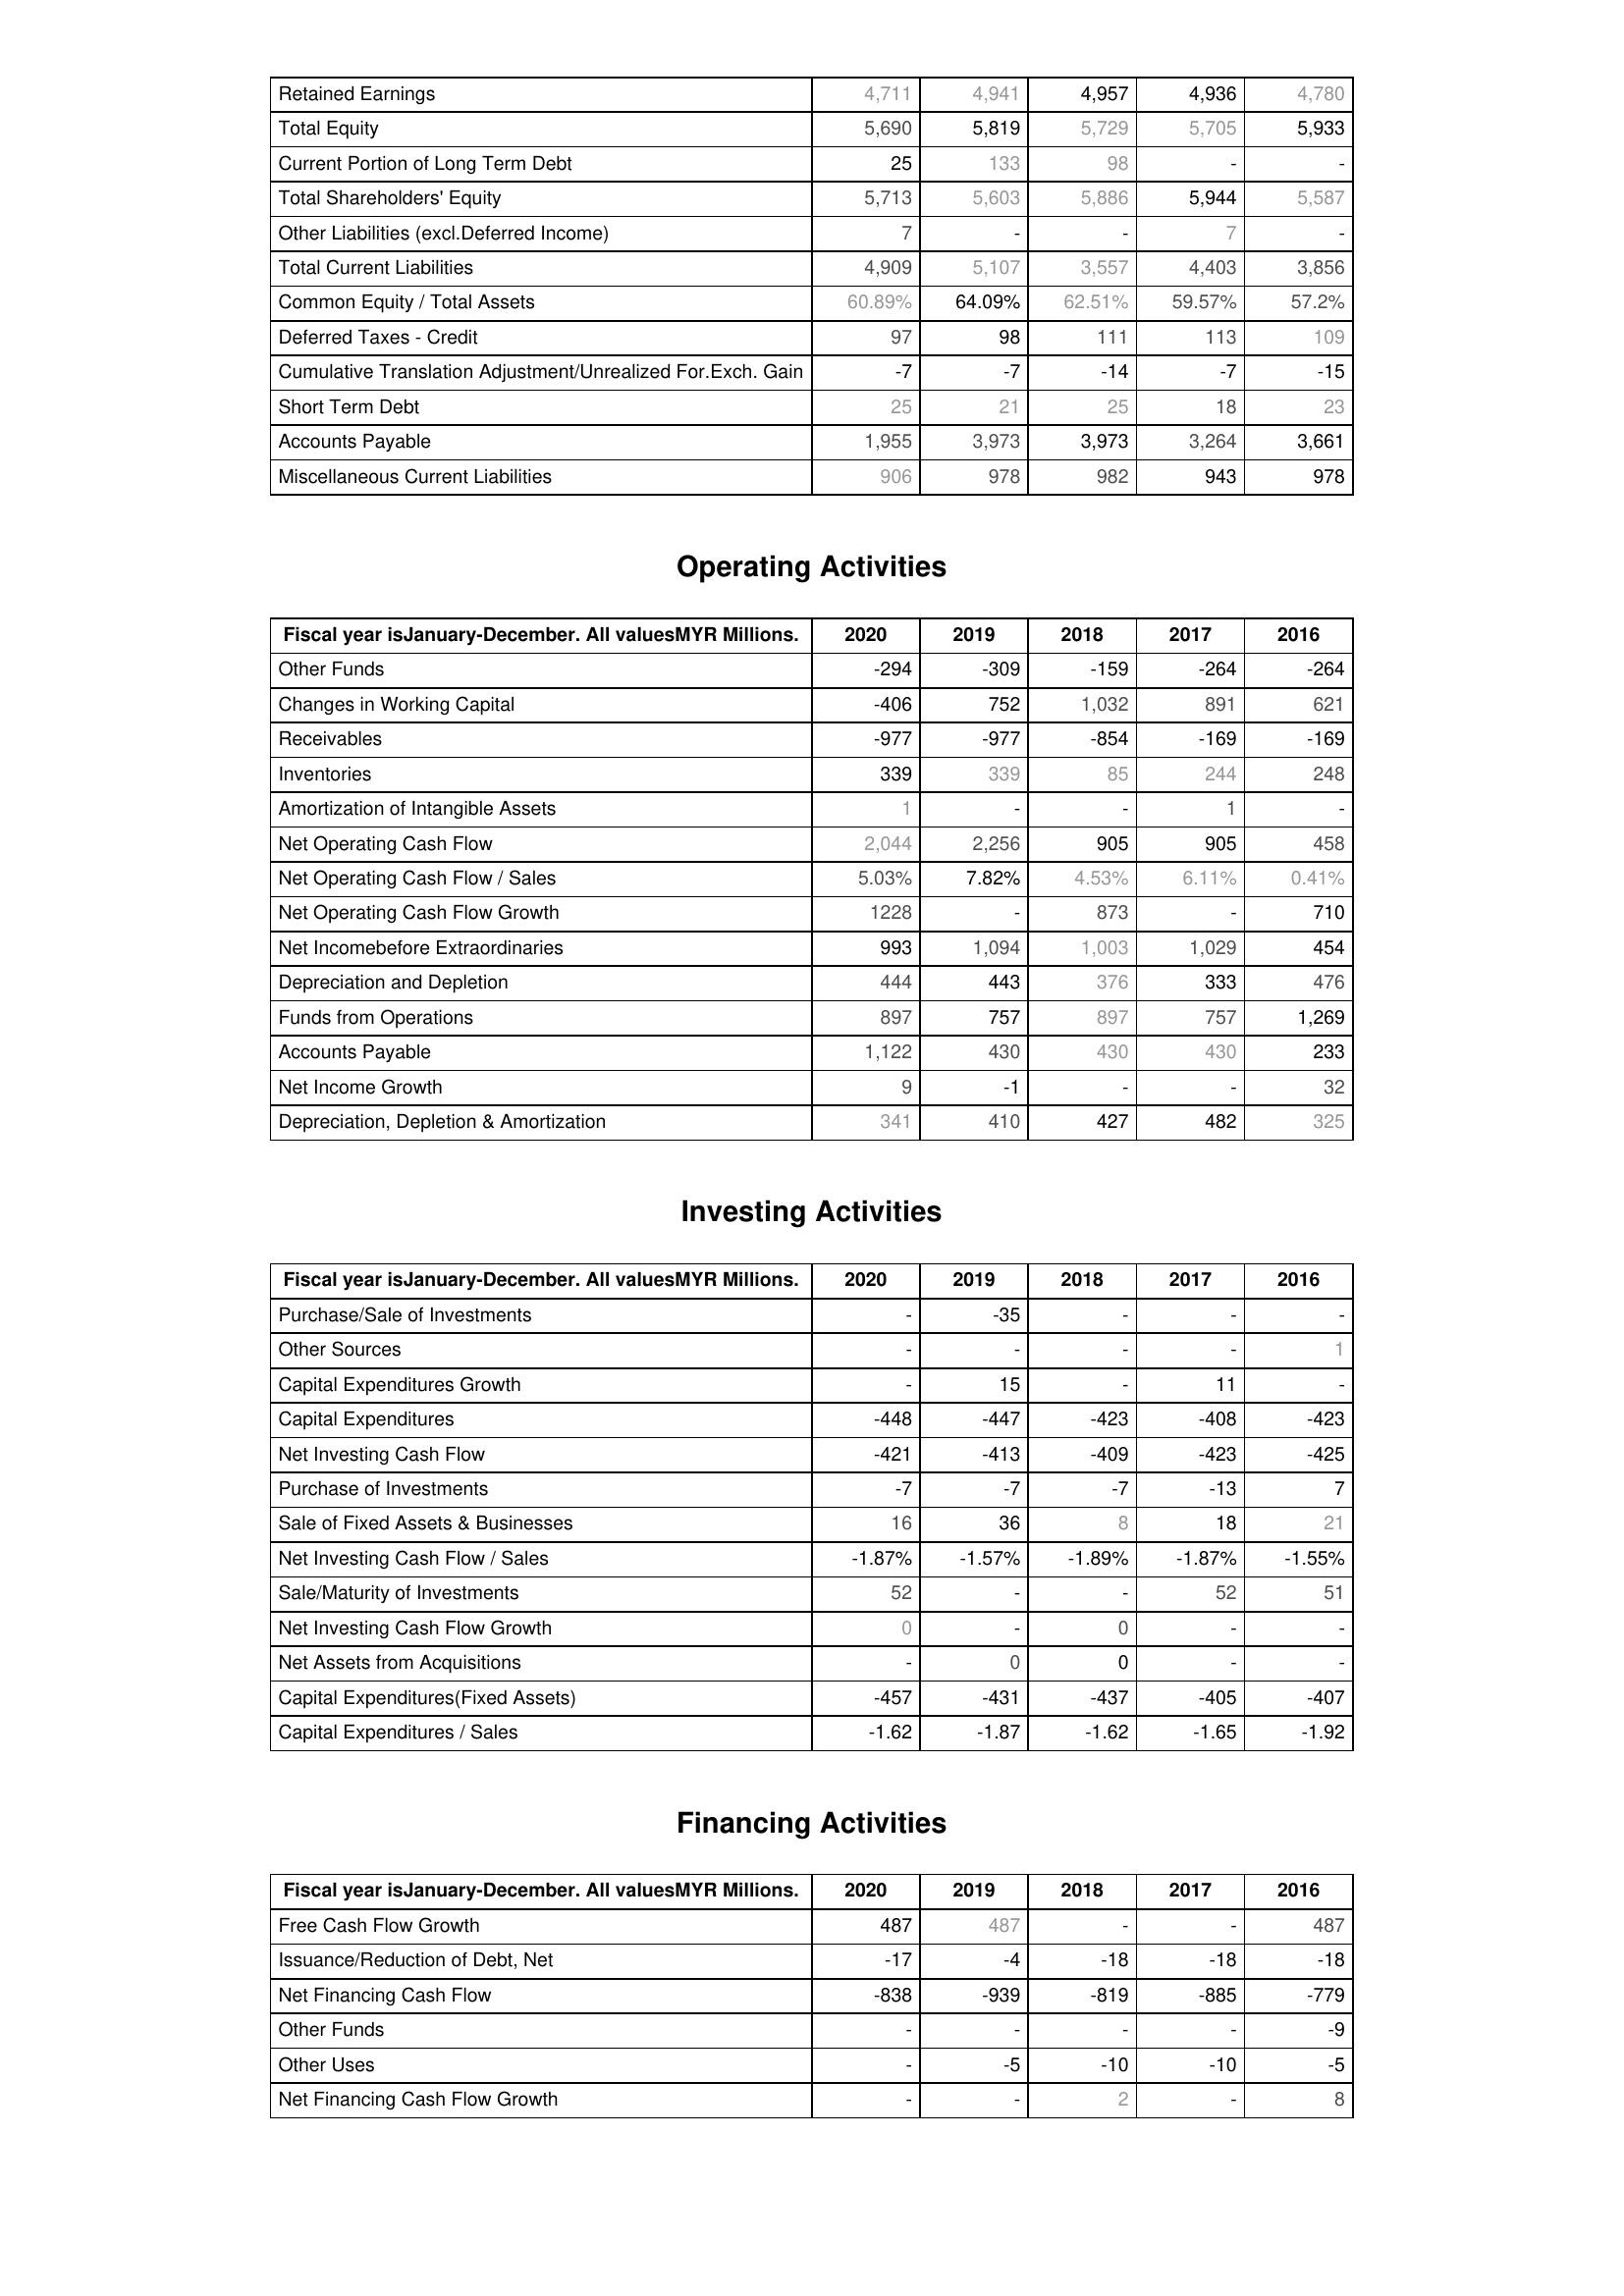
2020: Liabilities & Shareholder's Equity: Retained Earnings: 4,711
Total Equity: 5,690
Current Portion of Long Term Debt: 25
Total Shareholders' Equity: 5,713
Other Liabilities (excl.Deferred Income): 7
Total Current Liabilities: 4,909
Common Equity / Total Assets: 60.89%
Deferred Taxes - Credit: 97
Cumulative Translation Adjustment/Unrealized For.Exch. Gain: -7
Short Term Debt: 25
Accounts Payable: 1,955
Miscellaneous Current Liabilities: 906
Operating Activities: Other Funds: -294
Changes in Working Capital: -406
Receivables: -977
Inventories: 339
Amortization of Intangible Assets: 1
Net Operating Cash Flow: 2,044
Net Operating Cash Flow / Sales: 5.03%
Net Operating Cash Flow Growth: 1228
Net Incomebefore Extraordinaries: 993
Depreciation and Depletion: 444
Funds from Operations: 897
Accounts Payable: 1,122
Net Income Growth: 9
Depreciation, Depletion & Amortization: 341
Investing Activities: Purchase/Sale of Investments: -
Other Sources: -
Capital Expenditures Growth: -
Capital Expenditures: -448
Net Investing Cash Flow: -421
Purchase of Investments: -7
Sale of Fixed Assets & Businesses: 16
Net Investing Cash Flow / Sales: -1.87%
Sale/Maturity of Investments: 52
Net Investing Cash Flow Growth: 0
Net Assets from Acquisitions: -
Capital Expenditures(Fixed Assets): -457
Capital Expenditures / Sales: -1.62
Financing Activities: Free Cash Flow Growth: 487
Issuance/Reduction of Debt, Net: -17
Net Financing Cash Flow: -838
Other Funds: -
Other Uses: -
Net Financing Cash Flow Growth: -
2019: Liabilities & Shareholder's Equity: Retained Earnings: 4,941
Total Equity: 5,819
Current Portion of Long Term Debt: 133
Total Shareholders' Equity: 5,603
Other Liabilities (excl.Deferred Income): -
Total Current Liabilities: 5,107
Common Equity / Total Assets: 64.09%
Deferred Taxes - Credit: 98
Cumulative Translation Adjustment/Unrealized For.Exch. Gain: -7
Short Term Debt: 21
Accounts Payable: 3,973
Miscellaneous Current Liabilities: 978
Operating Activities: Other Funds: -309
Changes in Working Capital: 752
Receivables: -977
Inventories: 339
Amortization of Intangible Assets: -
Net Operating Cash Flow: 2,256
Net Operating Cash Flow / Sales: 7.82%
Net Operating Cash Flow Growth: -
Net Incomebefore Extraordinaries: 1,094
Depreciation and Depletion: 443
Funds from Operations: 757
Accounts Payable: 430
Net Income Growth: -1
Depreciation, Depletion & Amortization: 410
Investing Activities: Purchase/Sale of Investments: -35
Other Sources: -
Capital Expenditures Growth: 15
Capital Expenditures: -447
Net Investing Cash Flow: -413
Purchase of Investments: -7
Sale of Fixed Assets & Businesses: 36
Net Investing Cash Flow / Sales: -1.57%
Sale/Maturity of Investments: -
Net Investing Cash Flow Growth: -
Net Assets from Acquisitions: 0
Capital Expenditures(Fixed Assets): -431
Capital Expenditures / Sales: -1.87
Financing Activities: Free Cash Flow Growth: 487
Issuance/Reduction of Debt, Net: -4
Net Financing Cash Flow: -939
Other Funds: -
Other Uses: -5
Net Financing Cash Flow Growth: -
2018: Liabilities & Shareholder's Equity: Retained Earnings: 4,957
Total Equity: 5,729
Current Portion of Long Term Debt: 98
Total Shareholders' Equity: 5,886
Other Liabilities (excl.Deferred Income): -
Total Current Liabilities: 3,557
Common Equity / Total Assets: 62.51%
Deferred Taxes - Credit: 111
Cumulative Translation Adjustment/Unrealized For.Exch. Gain: -14
Short Term Debt: 25
Accounts Payable: 3,973
Miscellaneous Current Liabilities: 982
Operating Activities: Other Funds: -159
Changes in Working Capital: 1,032
Receivables: -854
Inventories: 85
Amortization of Intangible Assets: -
Net Operating Cash Flow: 905
Net Operating Cash Flow / Sales: 4.53%
Net Operating Cash Flow Growth: 873
Net Incomebefore Extraordinaries: 1,003
Depreciation and Depletion: 376
Funds from Operations: 897
Accounts Payable: 430
Net Income Growth: -
Depreciation, Depletion & Amortization: 427
Investing Activities: Purchase/Sale of Investments: -
Other Sources: -
Capital Expenditures Growth: -
Capital Expenditures: -423
Net Investing Cash Flow: -409
Purchase of Investments: -7
Sale of Fixed Assets & Businesses: 8
Net Investing Cash Flow / Sales: -1.89%
Sale/Maturity of Investments: -
Net Investing Cash Flow Growth: 0
Net Assets from Acquisitions: 0
Capital Expenditures(Fixed Assets): -437
Capital Expenditures / Sales: -1.62
Financing Activities: Free Cash Flow Growth: -
Issuance/Reduction of Debt, Net: -18
Net Financing Cash Flow: -819
Other Funds: -
Other Uses: -10
Net Financing Cash Flow Growth: 2
2017: Liabilities & Shareholder's Equity: Retained Earnings: 4,936
Total Equity: 5,705
Current Portion of Long Term Debt: -
Total Shareholders' Equity: 5,944
Other Liabilities (excl.Deferred Income): 7
Total Current Liabilities: 4,403
Common Equity / Total Assets: 59.57%
Deferred Taxes - Credit: 113
Cumulative Translation Adjustment/Unrealized For.Exch. Gain: -7
Short Term Debt: 18
Accounts Payable: 3,264
Miscellaneous Current Liabilities: 943
Operating Activities: Other Funds: -264
Changes in Working Capital: 891
Receivables: -169
Inventories: 244
Amortization of Intangible Assets: 1
Net Operating Cash Flow: 905
Net Operating Cash Flow / Sales: 6.11%
Net Operating Cash Flow Growth: -
Net Incomebefore Extraordinaries: 1,029
Depreciation and Depletion: 333
Funds from Operations: 757
Accounts Payable: 430
Net Income Growth: -
Depreciation, Depletion & Amortization: 482
Investing Activities: Purchase/Sale of Investments: -
Other Sources: -
Capital Expenditures Growth: 11
Capital Expenditures: -408
Net Investing Cash Flow: -423
Purchase of Investments: -13
Sale of Fixed Assets & Businesses: 18
Net Investing Cash Flow / Sales: -1.87%
Sale/Maturity of Investments: 52
Net Investing Cash Flow Growth: -
Net Assets from Acquisitions: -
Capital Expenditures(Fixed Assets): -405
Capital Expenditures / Sales: -1.65
Financing Activities: Free Cash Flow Growth: -
Issuance/Reduction of Debt, Net: -18
Net Financing Cash Flow: -885
Other Funds: -
Other Uses: -10
Net Financing Cash Flow Growth: -
2016: Liabilities & Shareholder's Equity: Retained Earnings: 4,780
Total Equity: 5,933
Current Portion of Long Term Debt: -
Total Shareholders' Equity: 5,587
Other Liabilities (excl.Deferred Income): -
Total Current Liabilities: 3,856
Common Equity / Total Assets: 57.2%
Deferred Taxes - Credit: 109
Cumulative Translation Adjustment/Unrealized For.Exch. Gain: -15
Short Term Debt: 23
Accounts Payable: 3,661
Miscellaneous Current Liabilities: 978
Operating Activities: Other Funds: -264
Changes in Working Capital: 621
Receivables: -169
Inventories: 248
Amortization of Intangible Assets: -
Net Operating Cash Flow: 458
Net Operating Cash Flow / Sales: 0.41%
Net Operating Cash Flow Growth: 710
Net Incomebefore Extraordinaries: 454
Depreciation and Depletion: 476
Funds from Operations: 1,269
Accounts Payable: 233
Net Income Growth: 32
Depreciation, Depletion & Amortization: 325
Investing Activities: Purchase/Sale of Investments: -
Other Sources: 1
Capital Expenditures Growth: -
Capital Expenditures: -423
Net Investing Cash Flow: -425
Purchase of Investments: 7
Sale of Fixed Assets & Businesses: 21
Net Investing Cash Flow / Sales: -1.55%
Sale/Maturity of Investments: 51
Net Investing Cash Flow Growth: -
Net Assets from Acquisitions: -
Capital Expenditures(Fixed Assets): -407
Capital Expenditures / Sales: -1.92
Financing Activities: Free Cash Flow Growth: 487
Issuance/Reduction of Debt, Net: -18
Net Financing Cash Flow: -779
Other Funds: -9
Other Uses: -5
Net Financing Cash Flow Growth: 8